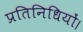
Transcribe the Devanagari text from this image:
प्रतिनिधियों।